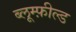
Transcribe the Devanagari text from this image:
ब्लूम्फ़ील्ड